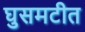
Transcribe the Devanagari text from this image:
घुसमटीत